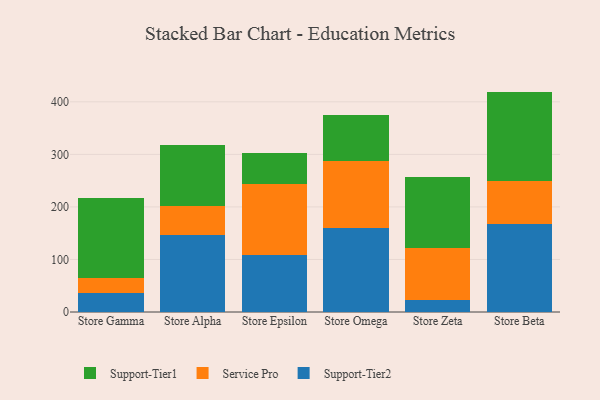
{"axis": {"x": "Store", "y": "Energy Usage (MWh)"}, "legend": ["Service Pro", "Support-Tier1", "Support-Tier2"], "data": [{"x": "Store Gamma", "y": 35.9, "type": "Support-Tier2"}, {"x": "Store Gamma", "y": 29.2, "type": "Service Pro"}, {"x": "Store Gamma", "y": 152.0, "type": "Support-Tier1"}, {"x": "Store Alpha", "y": 147.1, "type": "Support-Tier2"}, {"x": "Store Alpha", "y": 54.3, "type": "Service Pro"}, {"x": "Store Alpha", "y": 116.2, "type": "Support-Tier1"}, {"x": "Store Epsilon", "y": 107.7, "type": "Support-Tier2"}, {"x": "Store Epsilon", "y": 135.6, "type": "Service Pro"}, {"x": "Store Epsilon", "y": 59.9, "type": "Support-Tier1"}, {"x": "Store Omega", "y": 160.1, "type": "Support-Tier2"}, {"x": "Store Omega", "y": 127.2, "type": "Service Pro"}, {"x": "Store Omega", "y": 88.1, "type": "Support-Tier1"}, {"x": "Store Zeta", "y": 22.2, "type": "Support-Tier2"}, {"x": "Store Zeta", "y": 99.1, "type": "Service Pro"}, {"x": "Store Zeta", "y": 134.9, "type": "Support-Tier1"}, {"x": "Store Beta", "y": 167.8, "type": "Support-Tier2"}, {"x": "Store Beta", "y": 80.8, "type": "Service Pro"}, {"x": "Store Beta", "y": 170.9, "type": "Support-Tier1"}]}